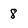
Character: 8